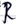
Text: R